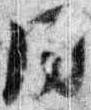
同